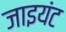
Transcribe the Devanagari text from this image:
जाइयंट